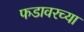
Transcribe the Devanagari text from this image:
फडावरच्या